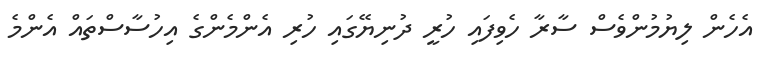
އެހެން ލިޔުމުންވެސް ސާރާ ހެވިފައި ހުރީ ދުނިޔޭގައި ހުރި އެންމެންގެ އިހުސާސްތައް އެންމެ